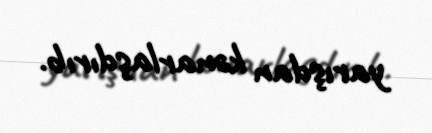
yarışdan kənarlaşdırıb.